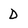
Character: D